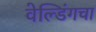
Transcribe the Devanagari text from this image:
वेल्डिंगचा